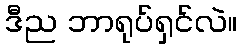
ဒီည ဘာရုပ်ရှင်လဲ။